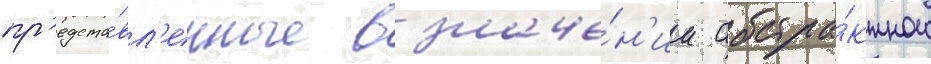
пр'едста́вл'енные в значе́н'ии абстра́ктного